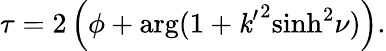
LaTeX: \tau=2\left(\phi+\arg(1+{\mathit{k}^{\prime}}^{2}{\sinh}^{2}\nu)\right).